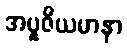
အပူဇိယမာနာ